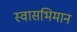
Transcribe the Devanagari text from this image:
स्वासभिमान